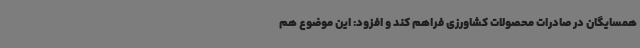
همسایگان در صادرات محصولات کشاورزی فراهم کند و افزود: این موضوع هم